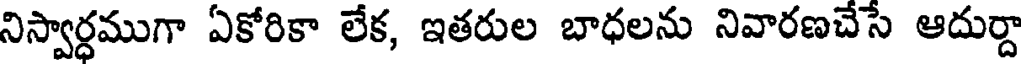
నిస్వార్ధముగా ఏకోరికా లేక, ఇతరుల బాధలను నివారణచేసే ఆదుర్దా